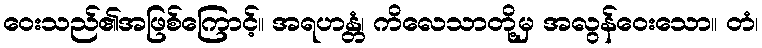
ဝေးသည်၏အဖြစ်ကြောင့်။ အရဟန္တံ၊ ကိလေသာတို့မှ အလွန်ဝေးသော။ တံ၊